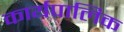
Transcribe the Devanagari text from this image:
कार्यपालिक